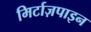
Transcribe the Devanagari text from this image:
मिर्टाज़पाइन